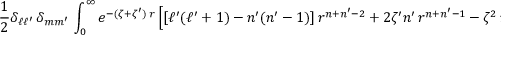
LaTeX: { \frac { 1 } { 2 } } \delta _ { \ell \ell ^ { \prime } } \, \delta _ { m m ^ { \prime } } \, \int _ { 0 } ^ { \infty } e ^ { - ( \zeta + \zeta ^ { \prime } ) \, r } \left[ [ \ell ^ { \prime } ( \ell ^ { \prime } + 1 ) - n ^ { \prime } ( n ^ { \prime } - 1 ) ] \, r ^ { n + n ^ { \prime } - 2 } + 2 \zeta ^ { \prime } n ^ { \prime } \, r ^ { n + n ^ { \prime } - 1 } - \zeta ^ { 2 } \, r ^ { n + n ^ { \prime } } \right] ~ \operatorname { d } r ~ ,